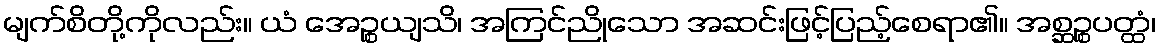
မျက်စိတို့ကိုလည်း။ ယံ အေဉ္စယျသိ၊ အကြင်ညိုသော အဆင်းဖြင့်ပြည့်စေရာ၏။ အစ္ဆဉ္စပတ္ထံ၊